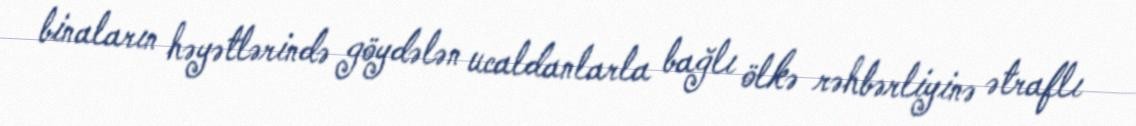
binaların həyətlərində göydələn ucaldanlarla bağlı ölkə rəhbərliyinə ətraflı